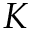
K